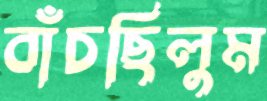
বাঁচছিলুম